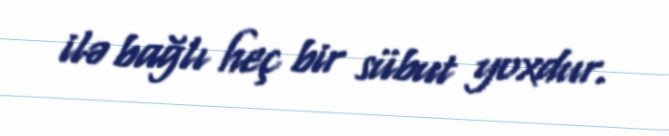
ilə bağlı heç bir sübut yoxdur.